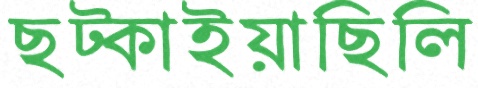
ছট্‌কাইয়াছিলি